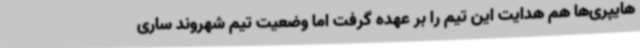
هایپری‌ها هم هدایت این تیم را بر عهده گرفت اما وضعیت تیم شهروند ساری